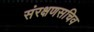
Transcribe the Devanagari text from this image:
संरक्षणसचिव